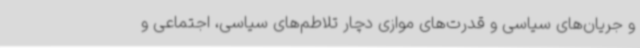
و جریان‌های سیاسی و قدرت‌های موازی دچار تلاطم‌های سیاسی، اجتماعی و